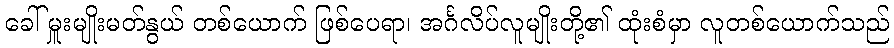
ခေါ် မှူးမျိုးမတ်နွယ် တစ်ယောက် ဖြစ်ပေရာ၊ အင်္ဂလိပ်လူမျိုးတို့၏ ထုံးစံမှာ လူတစ်ယောက်သည်